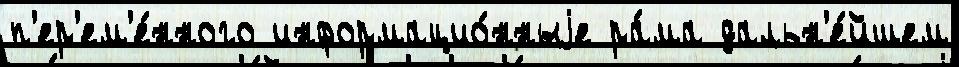
п'ер'ем'е́нного информацио́нныjе ра́ма дальн'е́йшем